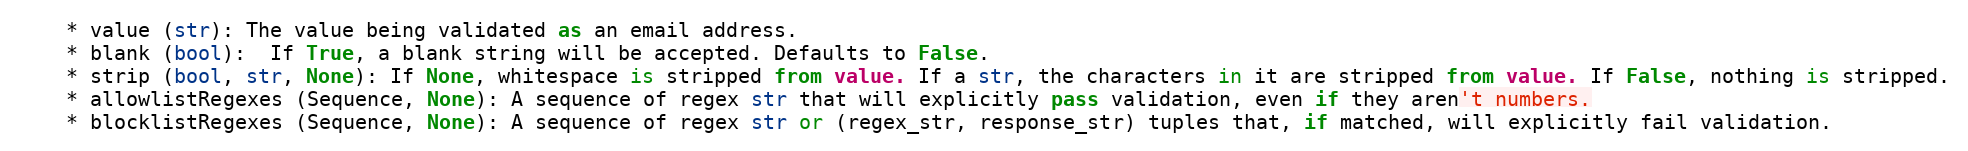
Language: Python
    * value (str): The value being validated as an email address.
    * blank (bool):  If True, a blank string will be accepted. Defaults to False.
    * strip (bool, str, None): If None, whitespace is stripped from value. If a str, the characters in it are stripped from value. If False, nothing is stripped.
    * allowlistRegexes (Sequence, None): A sequence of regex str that will explicitly pass validation, even if they aren't numbers.
    * blocklistRegexes (Sequence, None): A sequence of regex str or (regex_str, response_str) tuples that, if matched, will explicitly fail validation.